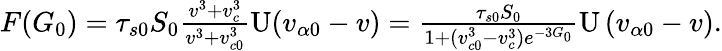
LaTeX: \begin{array}{r}{F(G_{0})=\tau_{s0}S_{0}\frac{v^{3}+v_{c}^{3}}{v^{3}+v_{c0}^{3}}\mathrm{U}(v_{\alpha 0}-v)=\frac{\tau_{s0}S_{0}}{1+(v_{c0}^{3}-v_{c}^{3})e^{-3G_{0}}}\mathrm{U}\left(v_{\alpha 0}-v\right).}\end{array}